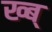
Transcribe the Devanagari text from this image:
ख्ब्